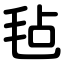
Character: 毡